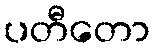
ပတီတော